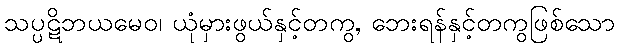
သပ္ပဋိဘယမေဝ၊ ယုံမှားဖွယ်နှင့်တကွ, ဘေးရန်နှင့်တကွဖြစ်သော